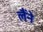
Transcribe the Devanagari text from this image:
लैंने